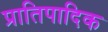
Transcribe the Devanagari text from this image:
प्रातिपादिक